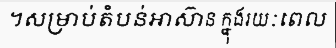
។សម្រាប់តំបន់អាស៊ាន ក្នុងរយៈពេល